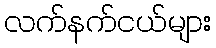
လက်နက်ငယ်များ